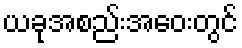
ယခုအစည်းအဝေးတွင်